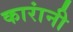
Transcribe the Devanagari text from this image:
कारांनी